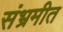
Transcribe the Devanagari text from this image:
संभ्रमीत